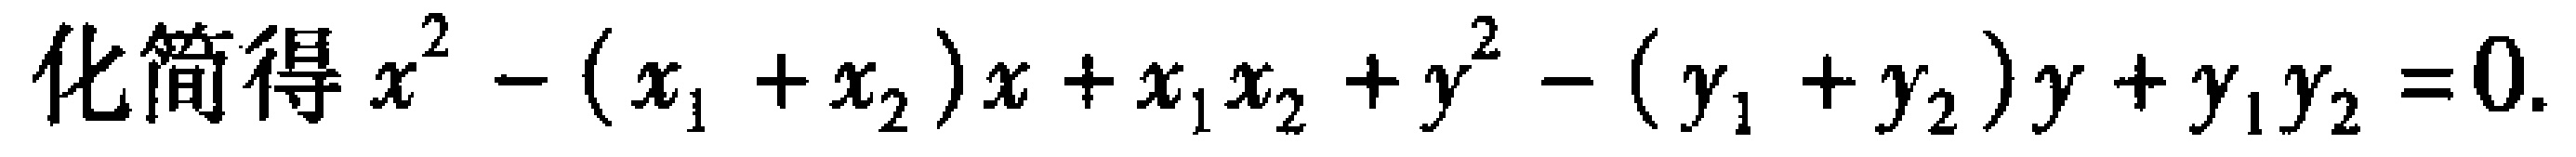
化简得 \(x^{2}-(x_{1}+x_{2})x + x_{1}x_{2}+y^{2}-(y_{1}+y_{2})y + y_{1}y_{2}=0\).